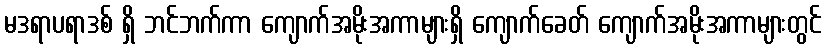
မဒရာပရာဒစ် ရှိ ဘင်ဘက်ကာ ကျောက်အမိုးအကာများရှိ ကျောက်ခေတ် ကျောက်အမိုးအကာများတွင်